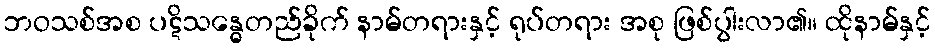
ဘဝသစ်အစ ပဋိသန္ဓေတည်ခိုက် နာမ်တရားနှင့် ရုပ်တရား အစု ဖြစ်ပွါးလာ၏။ ထိုနာမ်နှင့်